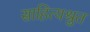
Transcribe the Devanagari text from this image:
साहित्यश्रुत